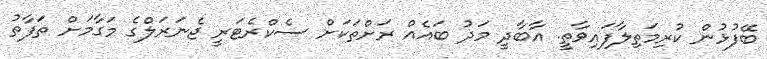
ބޭފުޅުން ކުރިމަތިލާފައިވާތީ. އާބާދީ މަދު ބައެއް ރަށްތަކަށް ސެކްރެޓަރީ ޖެނަރަލްގެ މަގާމަށް ތަފާތު